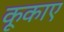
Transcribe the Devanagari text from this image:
कूकाए